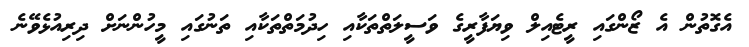
އެގޮތުން އެ ޒޯންގައި ރީޓެއިލް ވިޔަފާރީގެ ވަސީލަތްތަކާއި ހިދުމަތްތަކާއި ތަނުގައި މީހުންނަށް ދިރިއުޅެވޭނެ